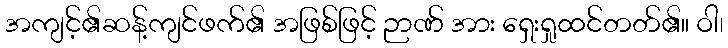
အကျင့်၏ဆန့်ကျင်ဖက်၏ အဖြစ်ဖြင့် ဉာဏ် အား ရှေးရှုထင်တတ်၏။ ဝါ၊